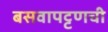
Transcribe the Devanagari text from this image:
बसवापट्टणची